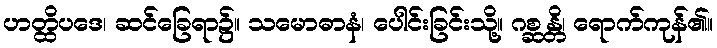
ဟတ္ထိပဒေ၊ ဆင်ခြေရာ၌။ သမောဓာနံ၊ ပေါင်းခြင်းသို့။ ဂစ္ဆန္တိ၊ ရောက်ကုန်၏။